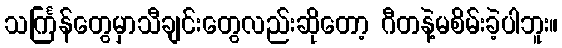
သင်္ကြန်တွေမှာသီချင်းတွေလည်းဆိုတော့ ဂီတနဲ့မစိမ်းခဲ့ပါဘူး။